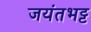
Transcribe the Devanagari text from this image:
जयंतभट्ट